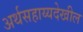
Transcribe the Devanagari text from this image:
अर्थसहाय्यदेखील